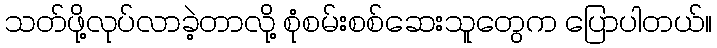
သတ်ဖို့လုပ်လာခဲ့တာလို့ စုံစမ်းစစ်ဆေးသူတွေက ပြောပါတယ်။